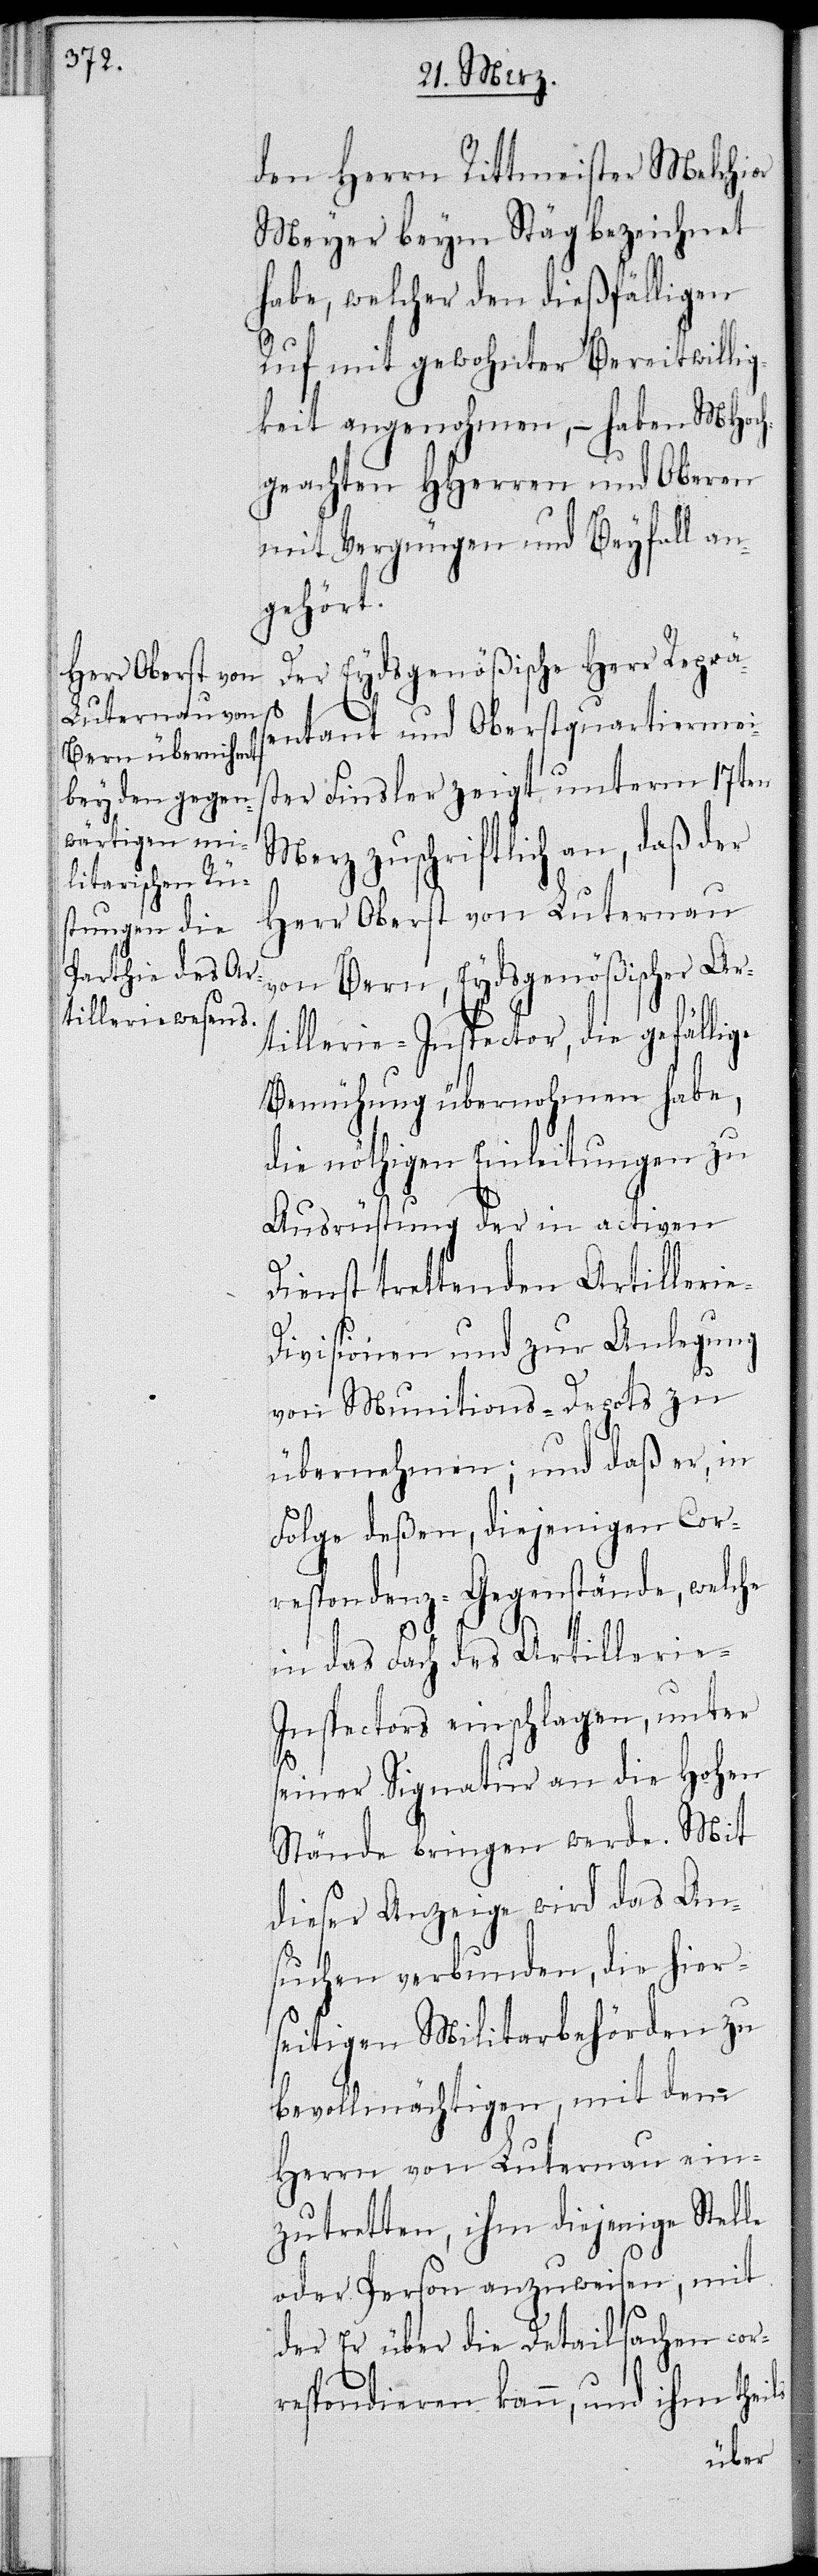
den Herrn Rittmeister Melchior
Meyer beym Stäg bezeichnet
habe, welcher den dießfälligen
Ruf mit gewohnter Bereitwillig¬
keit angenohmen, – haben MHoch¬
geachten HHerren und Oberen
mit Vergnügen und Beyfall an¬
gehört.
Der Eydsgenößische Herr Repräs¬
entant und Oberstquartiermei¬
ster Finsler zeigt unterm 17ten
Merz zuschriftlich an, daß der
Herr Oberst von Luternau
von Bern, Eydsgenößischer Ar¬
tillerie-Inspector, die gefällige
Bemühung übernohmen habe,
die nöthigen Einleitungen zu
Ausrüstung der in activen
e-D¬
Dienst trettenden Artilleri¬
ivisionen und zur Auslegung
von Munitions-Depots zu
übernehmen; und daß er, in
Folge deßen, diejenigen Cor¬
respondenz-Gegenstände, welche
in das Fach des Artillerie-I¬
nspectors einschlagen, unter
s¬
einer Signatur an die Hohen
Stände bringen werde. Mit
dieser Anzeige wird das An¬
suchen verbunden, die hiers¬
eitigen Militarbehörden zu
bevollmächtigen, mit dem
Herrn von Luternau ein¬
zutretten, ihm diejenige Stelle
oder Person anzuweisen, mit
der er über die Detailsachen cor¬
respondieren kann, und ihm theils